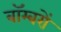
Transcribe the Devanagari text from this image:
बाॅम्बरों